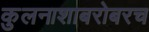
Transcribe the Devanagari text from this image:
कुलनाशाबरोबरच